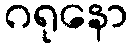
ဂရုနော